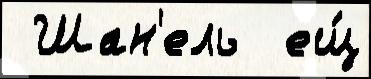
 Шан'ель  ещ́